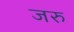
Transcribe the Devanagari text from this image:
जरु